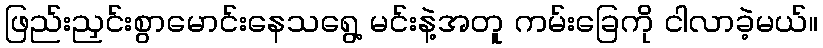
ဖြည်းညှင်းစွာမောင်းနေသရွေ့ မင်းနဲ့အတူ ကမ်းခြေကို ငါလာခဲ့မယ်။